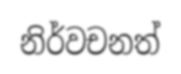
නිර්වචනත්